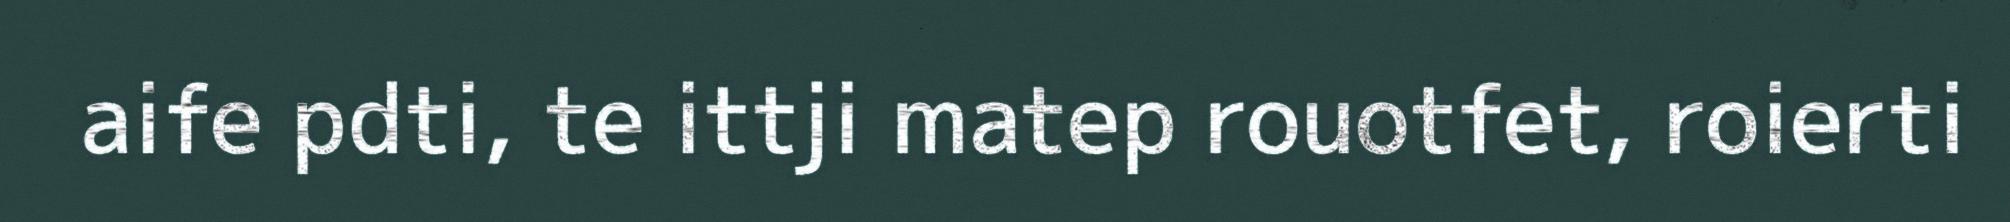
aife pdti, te ittji matep rouotfet, roierti